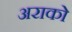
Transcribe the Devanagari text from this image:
अराको